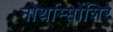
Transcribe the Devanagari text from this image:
नोर्थाम्प्तोंशिरे